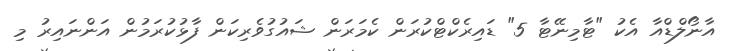
އާނޯލްޑްއާ އެކު "ޓާމިނޭޓާ 5" ޑައިރެކްޓްކުރަން ކެމަރަން ޝައުގުވެރިކަން ފާޅުކުރަމުން އަންނައިރު މި